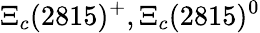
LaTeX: \Xi_{c}(2815)^{+},\Xi_{c}(2815)^{0}